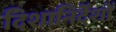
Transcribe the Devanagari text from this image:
दिशानिर्देंशों